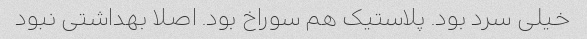
خیلی سرد بود. پلاستیک هم سوراخ بود. اصلا بهداشتی نبود